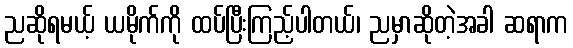
ညဆိုရမယ့် ယမိုက်ကို ထပ်ပြီးကြည့်ပါတယ်၊ ညမှာဆိုတဲ့အခါ ဆရာက